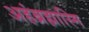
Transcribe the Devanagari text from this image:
अहंब्रह्मास्मि